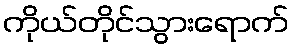
ကိုယ်တိုင်သွားရောက်